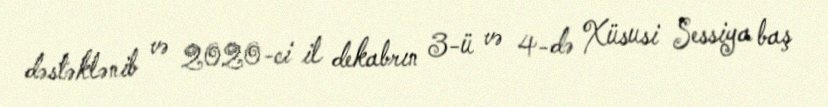
dəstəklənib və 2020-ci il dekabrın 3-ü və 4-də Xüsusi Sessiya baş